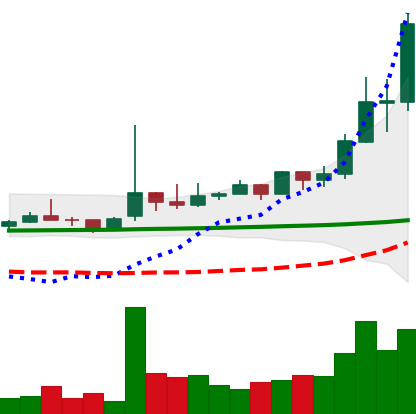
Ticker: TRX-USD
Chart end date: 2021-02-11
Forward return: -8.569%
Label: down_7plus